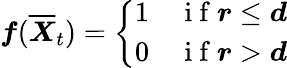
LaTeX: \boldsymbol f(\overline{{\boldsymbol X}}_{t})=\left\{ \begin{array}{cl}{1}&{\mathrm{~i~f~}\boldsymbol r\leq\boldsymbol d}\\ {0}&{\mathrm{~i~f~}\boldsymbol r>\boldsymbol d}\end{array}\right.